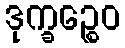
ဒုက္ခဉ္စေဝ